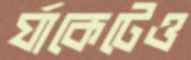
র‍্যাকেটেও